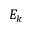
E _ { k }